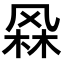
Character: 𭪫